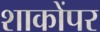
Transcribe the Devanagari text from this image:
शाकोंपर